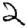
Digit: 2